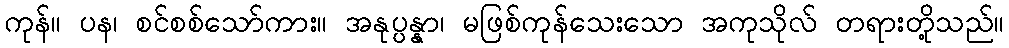
ကုန်။ ပန၊ စင်စစ်သော်ကား။ အနုပ္ပန္နာ၊ မဖြစ်ကုန်သေးသော အကုသိုလ် တရားတို့သည်။